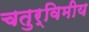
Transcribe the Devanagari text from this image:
चतुर्विमीय